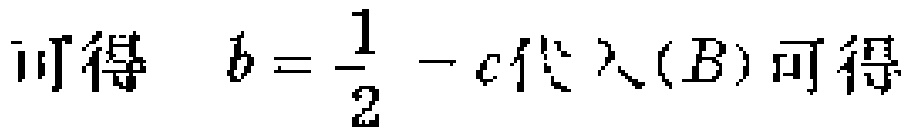
可得 \(b = \dfrac{1}{2} - c代入(B)可得\)